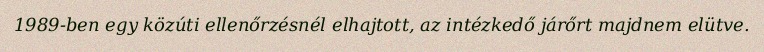
1989-ben egy közúti ellenőrzésnél elhajtott, az intézkedő járőrt majdnem elütve.